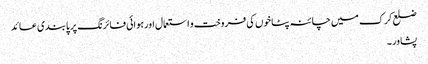
ضلع کرک میں چائنہ پٹاخوں کی فروخت و استعمال اورہوائی فائرنگ پر پابندی عائد
پشاور۔